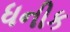
ધનીક